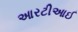
આરટીઆઈ